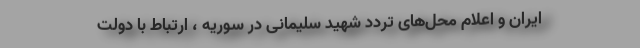
ایران و اعلام محل‌های تردد شهید سلیمانی در سوریه ، ارتباط با دولت